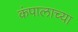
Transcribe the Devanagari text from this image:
कंपालाच्या